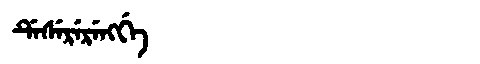
Manchu: ᡩᡝᠰᡝᡵᡝᡵᡝᠩᡤᡝ
Romanization: DESERERENGGE